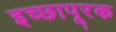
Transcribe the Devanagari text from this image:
इच्छापूरक